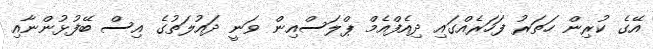
އޭގެ ކުރިން ހަތަރު ފަހަރެއްގައި ދިއެފްއެމް ޕްލަސްއިން ވަނީ ދައުލަތުގެ އިސް ބޭފުޅުންނާއި